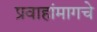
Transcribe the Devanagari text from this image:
प्रवाहांमागचे